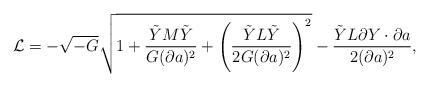
\begin{align*}{\cal L} = - \sqrt{-G}\sqrt{1 + {\tilde{Y} M \tilde{Y}\over G(\partial a)^2} +\left({\tilde{Y} L \tilde{Y}\over 2G(\partial a)^2}\right)^2 }- {\tilde{Y}L\partial Y \cdot \partial a\over 2(\partial a)^2}, \end{align*}